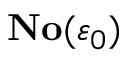
\mathbf { N o } ( \varepsilon _ { 0 } )